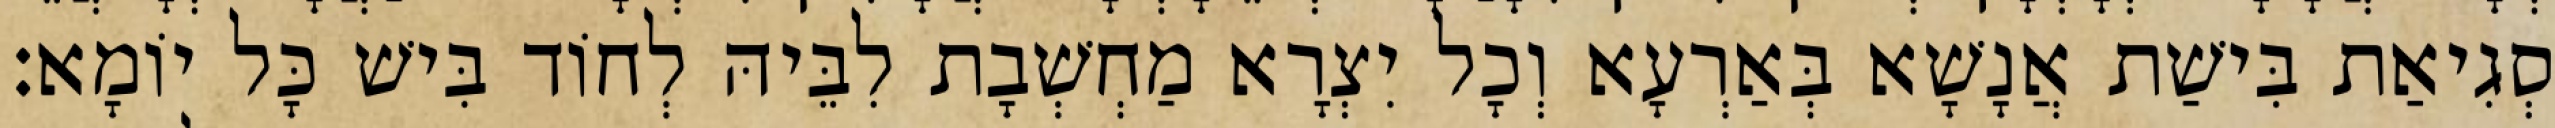
סְגִיאַת בִּישַׁת אֲנָשָׁא בְּאַרְעָא וְכָל יִצְרָא מַחְשְׁבָת לִבֵּיהּ לְחוֹד בִּישׁ כָּל יוֹמָא׃